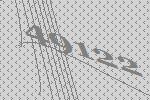
49122